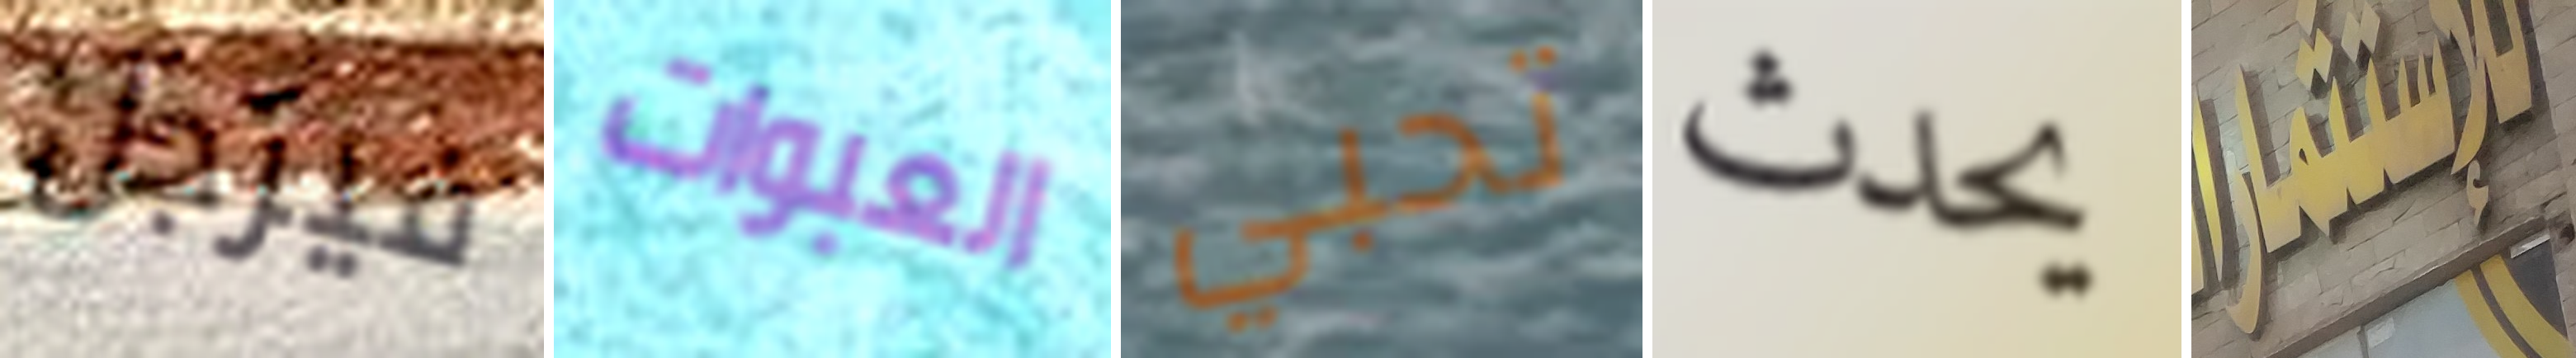
فيرجل العبوات تحبي يحدث للإستثمار